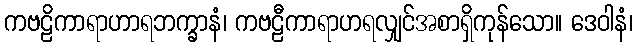
ကဗဠိကာရာဟာရဘက္ခာနံ၊ ကဗဠီကာရာဟရလျှင်အစာရှိကုန်သော။ ဒေဝါနံ၊